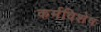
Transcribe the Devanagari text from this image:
कर्मविशेष